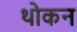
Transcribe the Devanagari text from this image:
थोकन